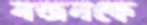
নজনকে